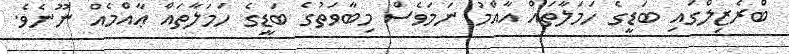
ބްރެޒިލްގައި ބަޑީގެ ހަމަލާތައް އާއްމު ނަމަވެސް މިބާވަތުގެ ބަޑީގެ ހަމަލާތައް ޢާއްމެއް ނޫނެވެ.